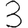
Digit: 3